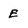
Character: E